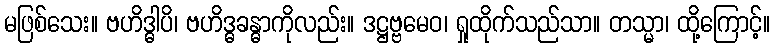
မဖြစ်သေး။ ဗဟိဒ္ဓါပိ၊ ဗဟိဒ္ဓခန္ဓာကိုလည်း။ ဒဋ္ဌဗ္ဗမေဝ၊ ရှုထိုက်သည်သာ။ တသ္မာ၊ ထို့ကြောင့်။